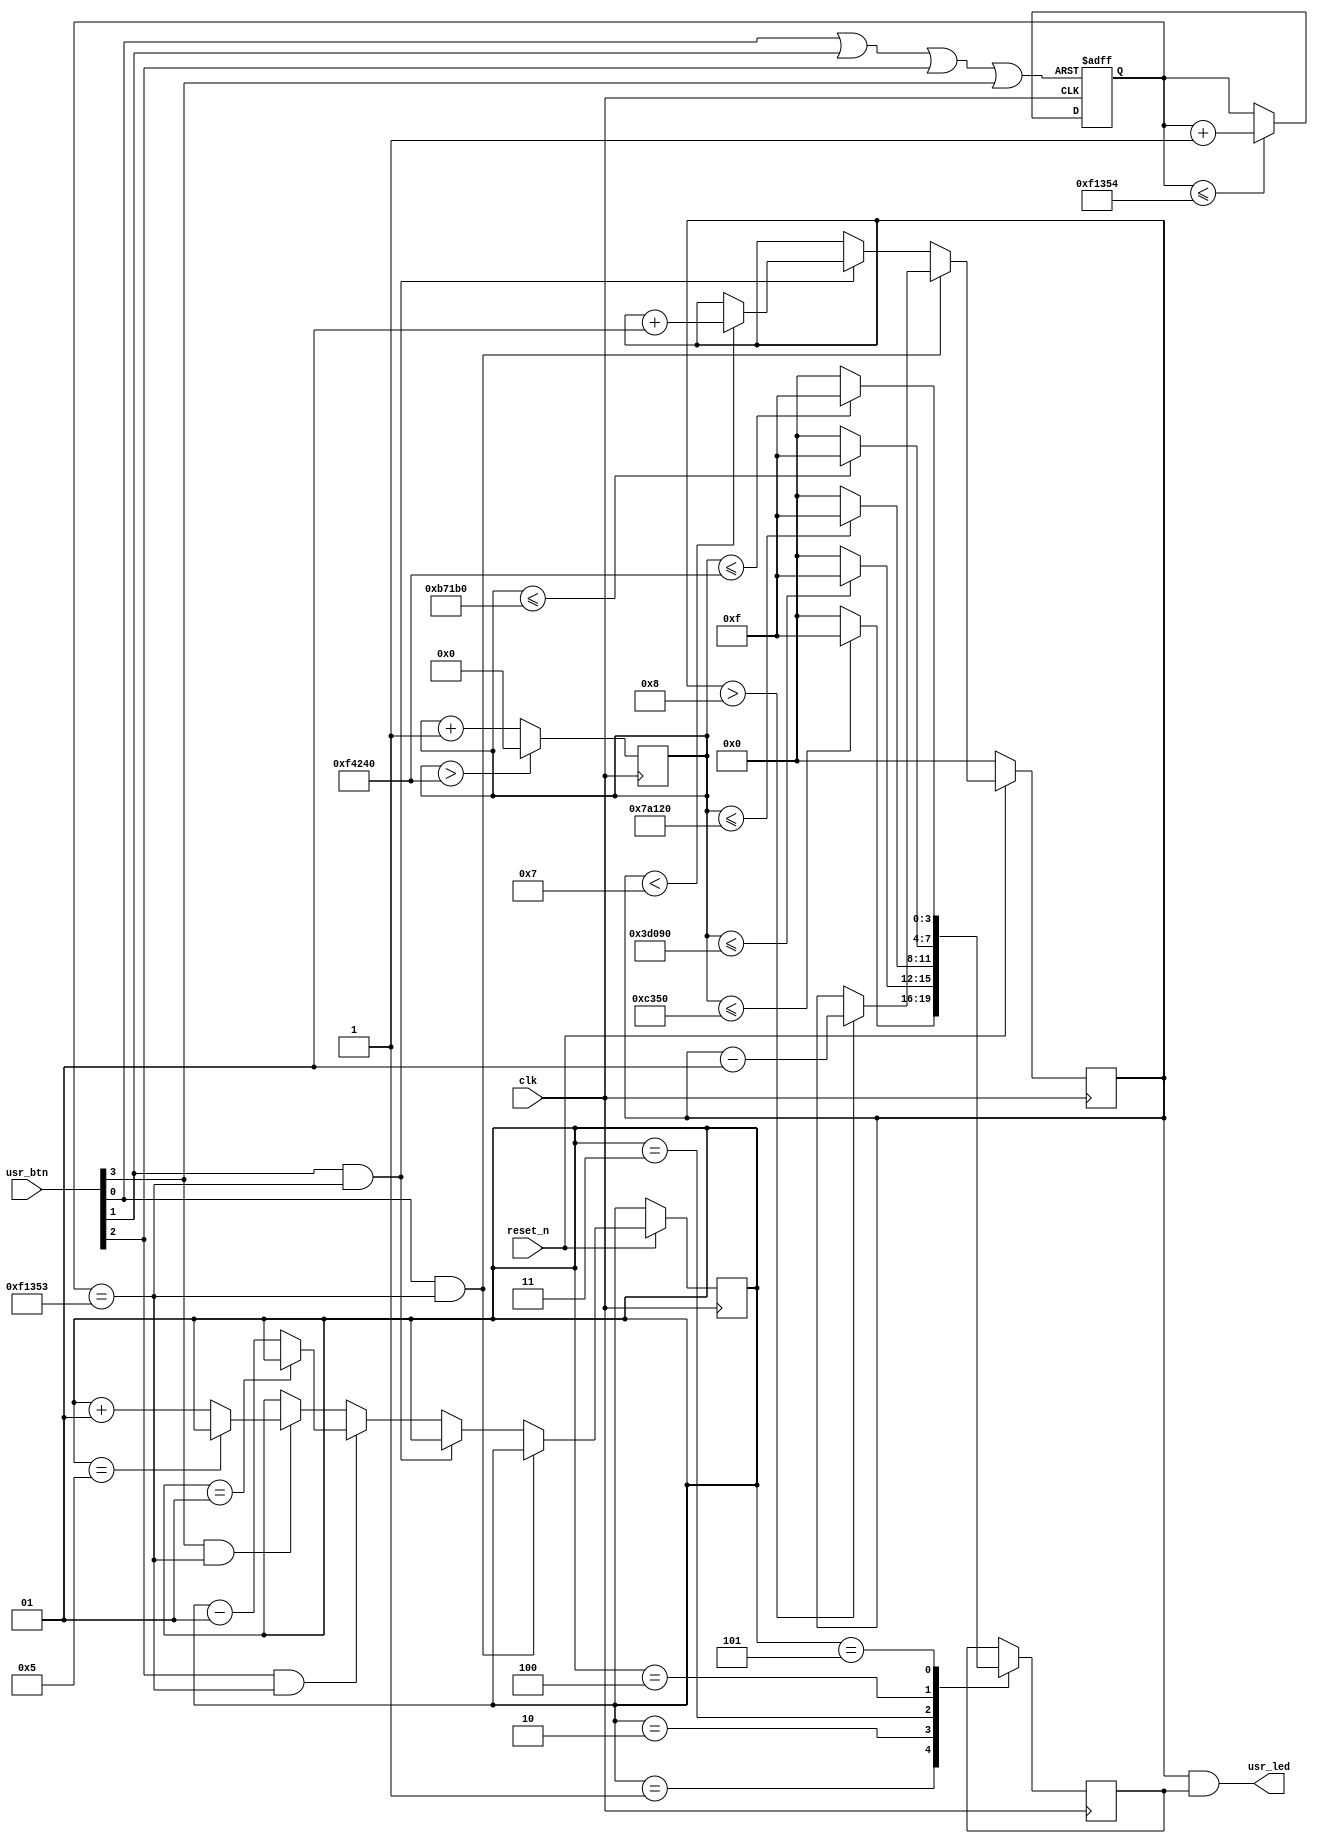
`timescale 1ns / 1ps
//////////////////////////////////////////////////////////////////////////////////
// Company: 
// Engineer: 
// 
// Design Name: 
// Module Name: lab3
// Project Name: 
// Target Devices: 
// Tool Versions: 
// Description: 
// 
// Dependencies: 
// 
// Revision:
// Revision 0.01 - File Created
// Additional Comments:
// 
//////////////////////////////////////////////////////////////////////////////////


module lab3(
  input  clk,            // System clock at 100 MHz
  input  reset_n,        // System reset signal, in negative logic
  input  [3:0] usr_btn,  // Four user pushbuttons
  output [3:0] usr_led   // Four yellow LEDs
);

	reg [29:0] counter ;
    reg signed[3:0]value ;
	reg signed[3:0]value_tmp;
	reg [3:0] light_tmp = 4'b1111;
    wire bounce ;
    wire stability ;
    reg [20:0] cnt ;
    integer light = 5 ;
	integer i ;
    
    always@(posedge clk) begin
        cnt <= cnt + 1;
        if(cnt > 1000000)begin
            cnt <= 0;
        end
    end
    
    assign bounce = usr_btn[0] | usr_btn[1] | usr_btn[2] | usr_btn[3];
    //deal with counter;
    always@(posedge clk ,negedge bounce)
    begin
      if(!bounce) 
          counter <= 0 ;
      else if(counter <= 987988)
          counter <= counter + 1 ;
    end
    
   //when counter is all 1 , stability go 1 ;
    assign stability = counter == 987987 ;
    //deal with debouncing and increment
    always@(posedge clk )  begin
      if(!reset_n) begin
        value <= 0 ;
        value_tmp <= 0 ;
        end
      else if(usr_btn[0] && stability)
        begin
          if(value > -8)  begin
            value <= value - 1;
            value_tmp <= value_tmp - 1 ;
          end
          else begin
            value <= value ;
            value_tmp <= value_tmp ;
           end
			
		  //value_tmp <= value ; 
         end
      else if(usr_btn[1] && stability)
        begin
           if(value < 7) begin
            value <= value + 1;
            value_tmp <= value_tmp + 1 ;
            end
           else  begin
            value <= value ;
            value_tmp <= value_tmp ;
            end
		  //value_tmp <= value ;
        end
        
       else if(usr_btn[2] && stability) begin
       
            if(light == 1) begin
                light <= light;
            end
            else  begin
                light <= light - 1 ;
            end
            
 
       end
       
       else if(usr_btn[3] && stability) begin
       
       
            if(light == 5) begin
                light <= light;
            end
            else  begin
                light <= light + 1 ;
            end
        end
        
        
        case(light)
            1:begin
                if(cnt <= 50000) begin
					//value <= value_tmp ;
					light_tmp <= 4'b1111 ;
				end
				else  begin
					light_tmp <= 0 ;
					
				end
                
            end
                
            2:begin
                if(cnt <= 250000) begin
                    //value <= value_tmp ;
					light_tmp <= 4'b1111 ;
				end
				else  begin
					light_tmp <= 0 ;
				end
                
            end
                
            3:begin
                if(cnt <= 500000) begin
                    //value <= value_tmp ;
					light_tmp <= 4'b1111 ;
				end
				else  begin
					light_tmp <= 0 ;
				end
            end
                
            4:begin
                if(cnt <= 750000) begin
                    light_tmp <= 4'b1111 ;
                end
				else  begin
					light_tmp <= 0 ;
				end
                     
            end
                 
            5:begin
                if(cnt <= 1000000) begin
                    light_tmp <= 4'b1111 ;
				end
				else  begin
					light_tmp <= 0 ;
				end
                 
            end
                
                
            
        endcase
      
    end
    
    

    
    
assign usr_led = value & light_tmp;

endmodule